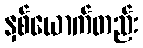
နှစ်ယောက်တည်း